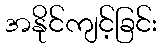
အနိုင်ကျင့်ခြင်း